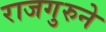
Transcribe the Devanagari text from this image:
राजगुरुने